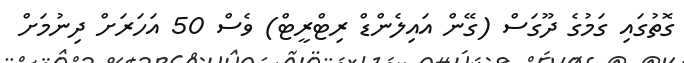
ގޮތުގައި ގަމުގެ ދޫގަސް (ގޭން އައިލެންޑް ރިޓްރީޓް) ވެސް 50 އަހަރަށް ދިނުމަށް